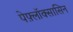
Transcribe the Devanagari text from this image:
पेफ़्लॉक्सासिन